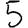
Digit: 5